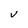
Character: V